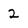
Character: 2